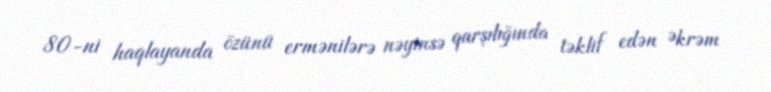
80-ni haqlayanda özünü ermənilərə nəyinsə qarşılığında təklif edən Əkrəm